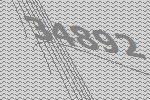
34892